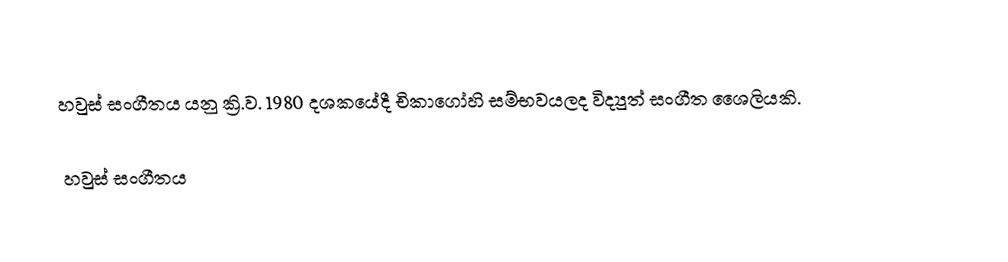
හවුස් සංගීතය යනු ක්‍රි.ව. 1980 දශකයේදී චිකාගෝහි සම්භවයලද විද්‍යුත් සංගීත ශෛලියකි.

හවුස් සංගීතය